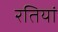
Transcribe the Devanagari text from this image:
रतियां